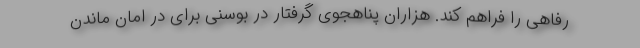
رفاهی را فراهم کند. هزاران پناهجوی گرفتار در بوسنی برای در امان ماندن